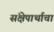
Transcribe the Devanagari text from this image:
संक्षेपार्थाचा